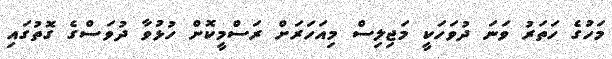
މަހުގެ ހަތަރު ވަނަ ދުވަހަކީ މަޖިލިސް މިއަހަރަށް ރަސްމީކޮށް ހުޅުވާ ދުވަސްގެ ގޮތުގައި